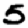
Digit: 5